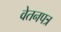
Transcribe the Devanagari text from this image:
वेतनपत्र